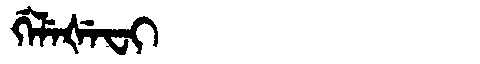
Manchu: ᡤᡝᠯᡝᡧᡝᠸᡳ
Romanization: GELEŠEFI